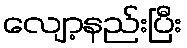
လျော့နည်းပြီး